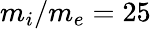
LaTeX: m_{i}/m_{e}=25